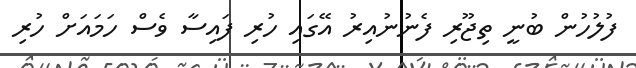
ފުލުހުން ބުނީ ތިޖޫރި ފެނުނުއިރު އޭގައި ހުރި ފައިސާ ވެސް ހަމައަށް ހުރި